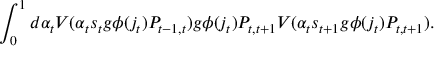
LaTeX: \int _ { 0 } ^ { 1 } d \alpha _ { t } V ( \alpha _ { t } s _ { t } g \phi ( j _ { t } ) P _ { t - 1 , t } ) g \phi ( j _ { t } ) P _ { t , t + 1 } V ( \alpha _ { t } s _ { t + 1 } g \phi ( j _ { t } ) P _ { t , t + 1 } ) .